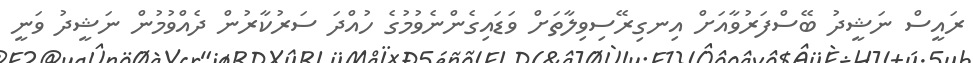
ރައީސް ނަޝީދު ބޭސްފަރުވާއަށް އިނގިރޭސިވިލާތަށް ވަޑައިގެންނެވުމުގެ ހުއްދަ ސަރުކާރުން ދެއްވުމުން ނަޝީދު ވަނީ